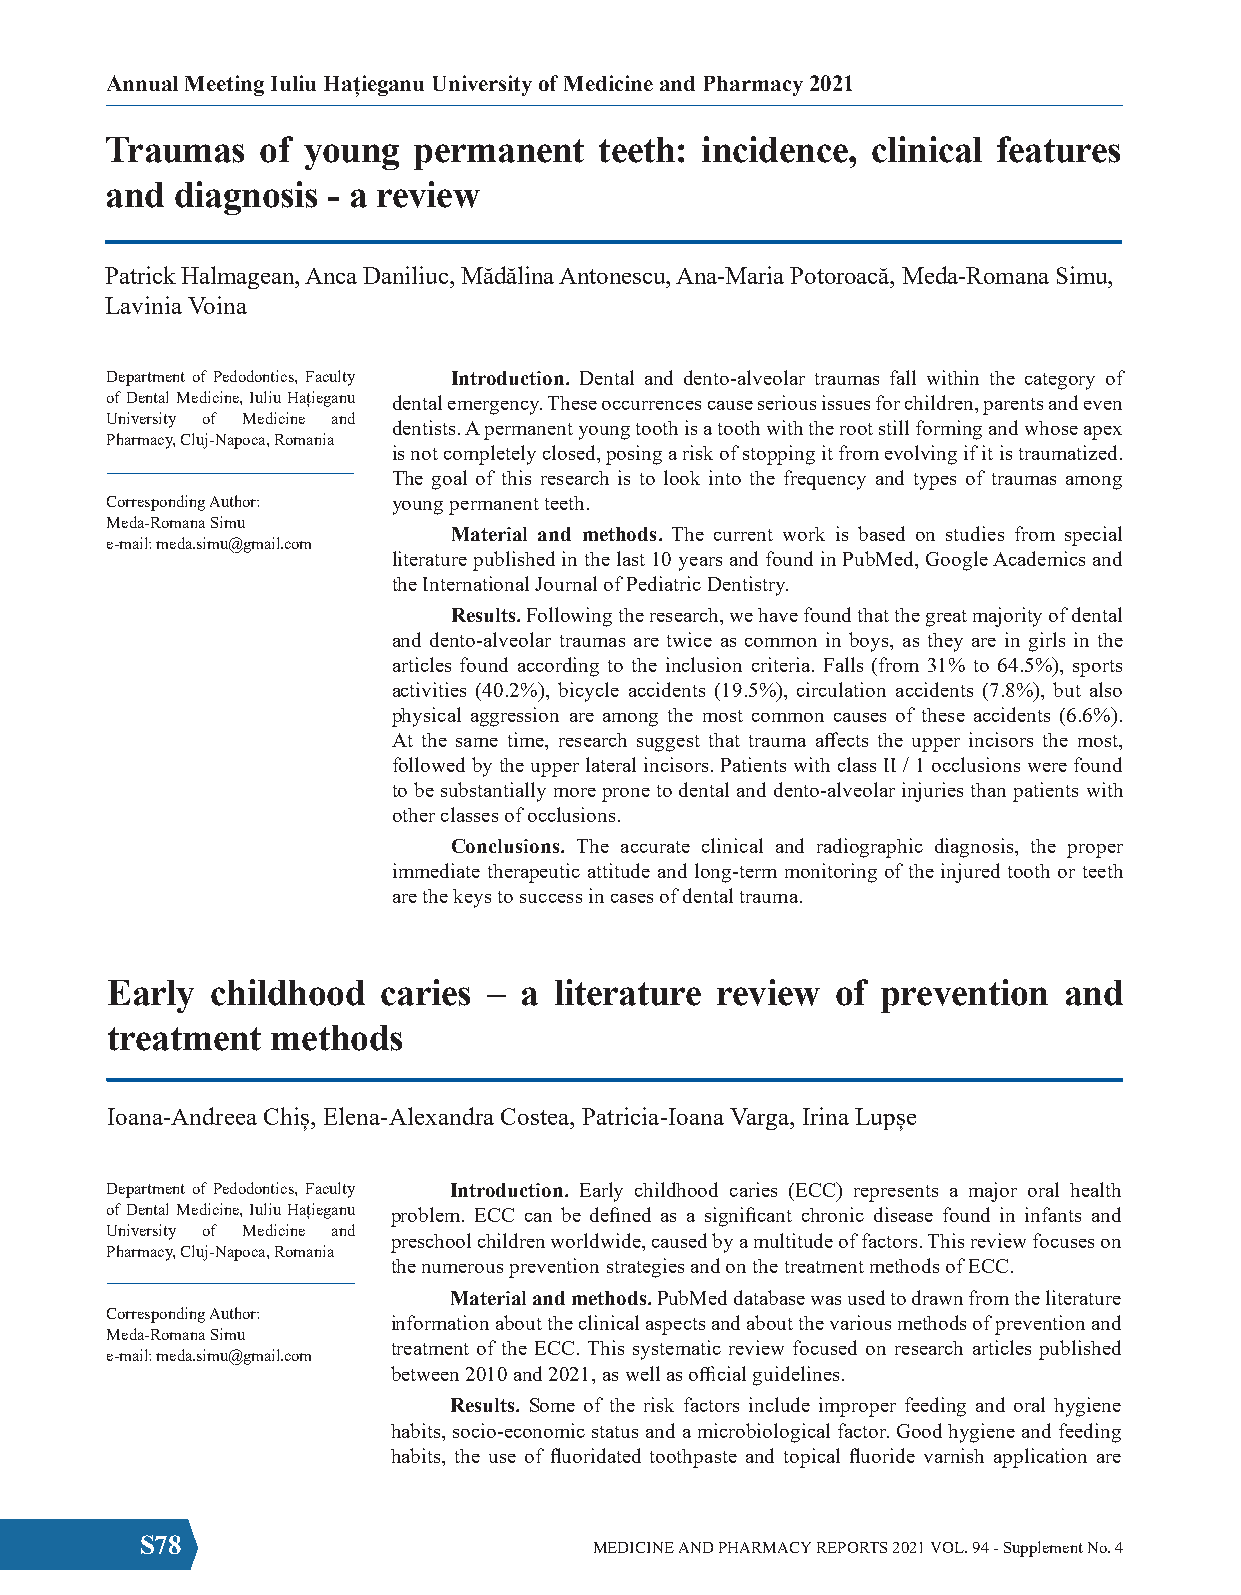
Annual Meeting Iuliu Hațieganu University of Medicine and Pharmacy 2021
 Traumas   of young  permanent    teeth: incidence, clinical features
 and diagnosis  - a review
 Patrick Halmagean, Anca Daniliuc, Mădălina Antonescu, Ana-Maria Potoroacă, Meda-Romana Simu,
 Lavinia Voina
 Department of Pedodontics, Faculty Introduction. Dental and dento-alveolar traumas fall within the category of
 of Dental Medicine, Iuliu Hațieganu dental emergency. These occurrences cause serious issues for children, parents and even
 University of Medicine and
 dentists. A permanent young tooth is a tooth with the root still forming and whose apex
 Pharmacy, Cluj-Napoca, Romania
 is not completely closed, posing a risk of stopping it from evolving if it is traumatized.
 The goal of this research is to look into the frequency and types of traumas among
 Corresponding Author: young permanent teeth.
 Meda-Romana Simu
 Material and methods. The current work is based on studies from special
 e-mail: meda.simu@gmail.com
 literature published in the last 10 years and found in PubMed, Google Academics and
 the International Journal of Pediatric Dentistry.
 Results. Following the research, we have found that the great majority of dental
 and dento-alveolar traumas are twice as common in boys, as they are in girls in the
 articles found according to the inclusion criteria. Falls (from 31% to 64.5%), sports
 activities (40.2%), bicycle accidents (19.5%), circulation accidents (7.8%), but also
 physical aggression are among the most common causes of these accidents (6.6%).
 At the same time, research suggest that trauma affects the upper incisors the most,
 followed by the upper lateral incisors. Patients with class II / 1 occlusions were found
 to be substantially more prone to dental and dento-alveolar injuries than patients with
 other classes of occlusions.
 Conclusions. The accurate clinical and radiographic diagnosis, the proper
 immediate therapeutic attitude and long-term monitoring of the injured tooth or teeth
 are the keys to success in cases of dental trauma.
 Early  childhood  caries – a  literature review of prevention  and
 treatment  methods
 Ioana-Andreea Chiș, Elena-Alexandra Costea, Patricia-Ioana Varga, Irina Lupșe
 Department of Pedodontics, Faculty Introduction. Early childhood caries (ECC) represents a major oral health
 of Dental Medicine, Iuliu Hațieganu problem. ECC can be defined as a significant chronic disease found in infants and
 University of Medicine and
 preschool children worldwide, caused by a multitude of factors. This review focuses on
 Pharmacy, Cluj-Napoca, Romania
 the numerous prevention strategies and on the treatment methods of ECC.
 Material and methods. PubMed database was used to drawn from the literature
 Corresponding Author:
 information about the clinical aspects and about the various methods of prevention and
 Meda-Romana Simu
 treatment of the ECC. This systematic review focused on research articles published
 e-mail: meda.simu@gmail.com
 between 2010 and 2021, as well as official guidelines.
 Results. Some of the risk factors include improper feeding and oral hygiene
 habits, socio-economic status and a microbiological factor. Good hygiene and feeding
 habits, the use of fluoridated toothpaste and topical fluoride varnish application are
 S78                           MEDICINE AND PHARMACY REPORTS 2021 VOL. 94 - Supplement No. 4